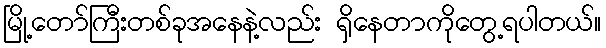
မြို့တော်ကြီးတစ်ခုအနေနဲ့လည်း ရှိနေတာကိုတွေ့ရပါတယ်။